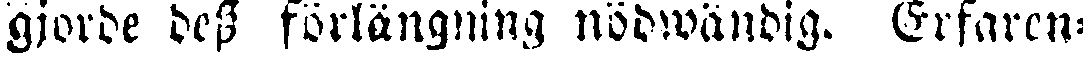
gjorde dess förlängning nödwändig. Erfaren-